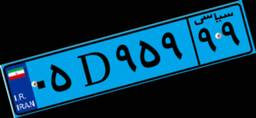
۰۵D۹۵۹۹۹